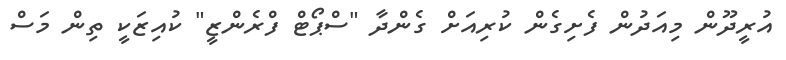
އުރީދޫން މިއަދުން ފެށިގެން ކުރިއަށް ގެންދާ "ސްޕޯޓް ފްރެންޒީ" ކުއިޒަކީ ތިން މަސް